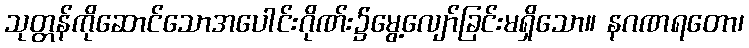
သုတ္တန်ကိုဆောင်သောအပေါင်းဂိုဏ်း၌မွေ့လျော်ခြင်းမရှိသော။ နဂဏရတော၊